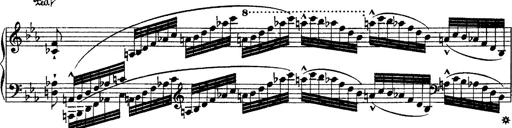
Title: Ã‰tudes d'exÃ©cution transcendante d'aprÃ¨s Paganini
Composer: Franz Liszt